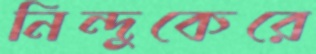
নিন্দুকেরে